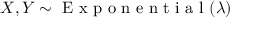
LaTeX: X , Y \sim { \textrm { E x p o n e n t i a l } } ( \lambda )